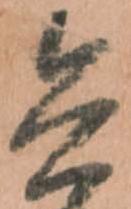
兵